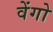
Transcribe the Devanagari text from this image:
वेंगो